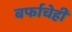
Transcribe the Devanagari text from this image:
बर्फाचेही